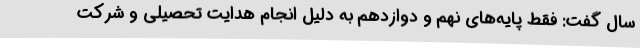
سال گفت: فقط پایه‌های نهم و دوازدهم به دلیل انجام هدایت تحصیلی و شرکت